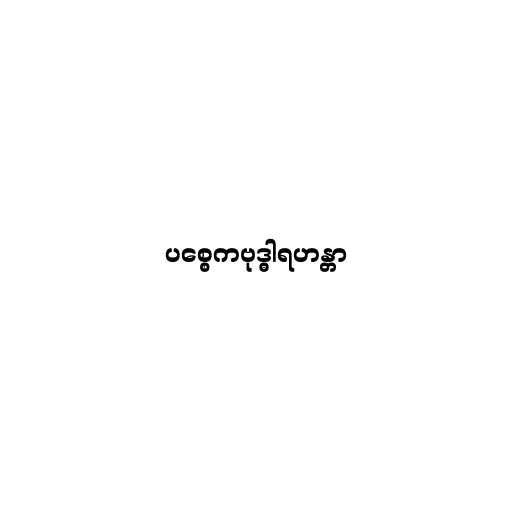
ပစ္စေကဗုဒ္ဓါရဟန္တာ